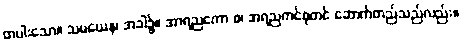
တပါးသော။ သမယေန၊ အခါ၌။ အာရညကော စ၊ အရညကင်ဓုတင် ဆောက်တည်သည်လည်း။